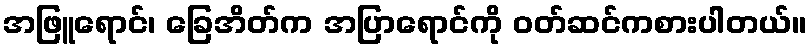
အဖြူရောင်၊ ခြေအိတ်က အပြာရောင်ကို ဝတ်ဆင်ကစားပါတယ်။